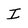
Character: I